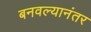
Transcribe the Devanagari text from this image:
बनवल्यानंतर